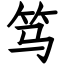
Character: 笃